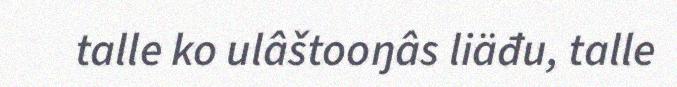
talle ko ulâštooŋâs liäđu, talle